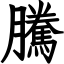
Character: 騰